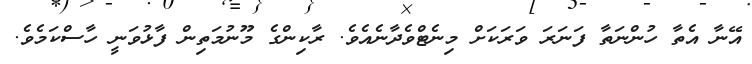
އޭނާ އެތާ ހުންނަތާ ފަނަރަ ވަރަކަށް މިނެޓްވެދާނެއެވެ. ރާކިންގެ މޫނުމަތިން ފާޅުވަނީ ހާސްކަމެވެ.